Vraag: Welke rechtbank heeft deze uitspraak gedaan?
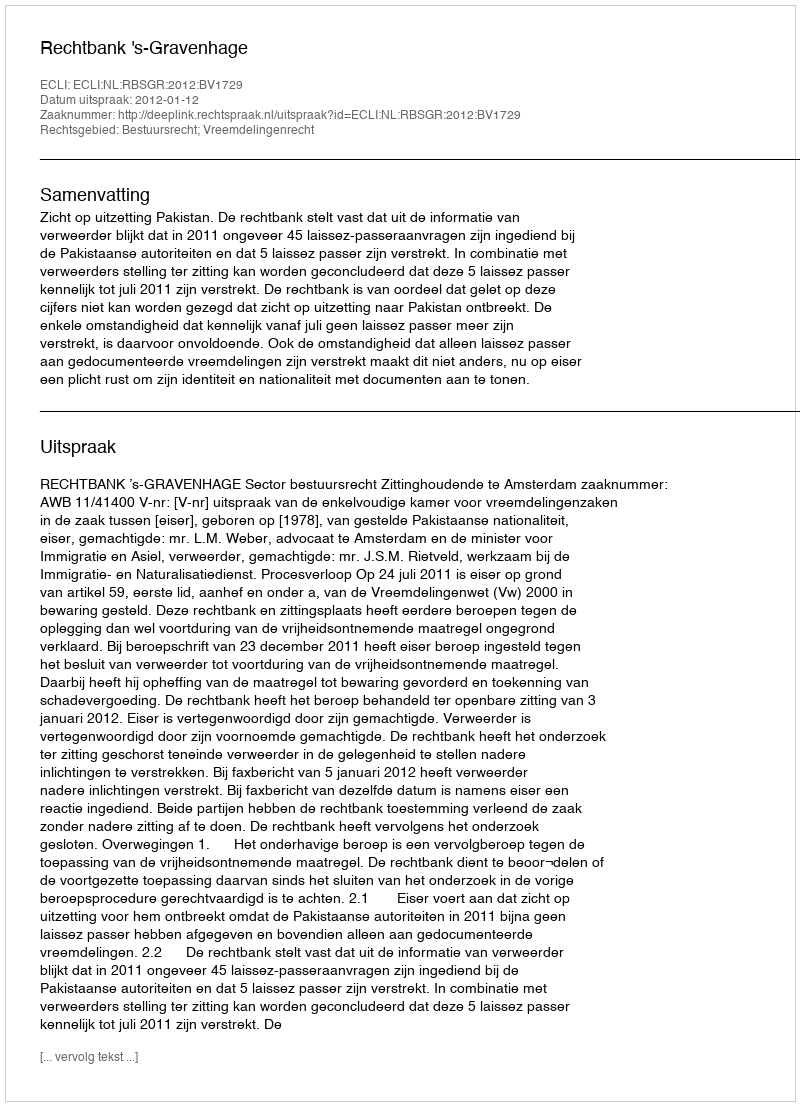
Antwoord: Rechtbank 's-Gravenhage